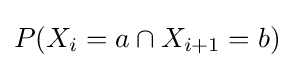
P(X_{i}=a\cap X_{i+1}=b)